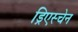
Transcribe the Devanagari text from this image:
ड्रिएस्चेन